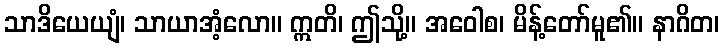
သာဒိယေယျံ၊ သာယာအံ့လော။ ဣတိ၊ ဤသို့။ အဝေါစ၊ မိန့်တော်မူ၏။ နာဂိတ၊